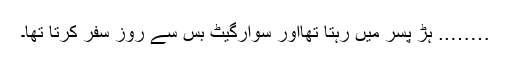
…….. ہڑ پسر میں رہتا تھااور سوارگیٹ بس سے روز سفر کرتا تھا۔